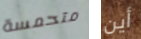
متحمسة أين